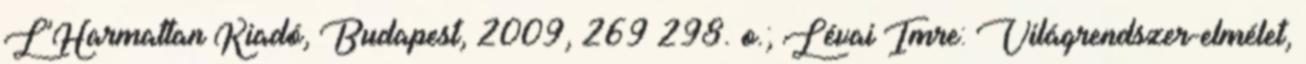
L’Harmattan Kiadó, Budapest, 2009, 269–298. o.; Lévai Imre: Világrendszer-elmélet,